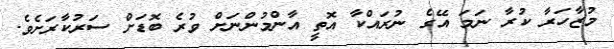
މުޒާހަރާ ކުރާ ނަމަ އޭގެ ނުރައްކާ އޮތީ އާންމުންނަށް ވުރެ ބޮޑަށް ސަރުކާރަށެވެ.